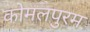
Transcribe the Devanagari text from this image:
कोमलपुरम